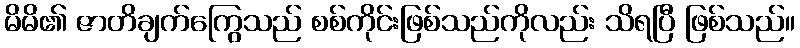
မိမိ၏ ဇာတိချက်ကြွေသည် စစ်ကိုင်းဖြစ်သည်ကိုလည်း သိရပြီ ဖြစ်သည်။